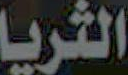
الثريا